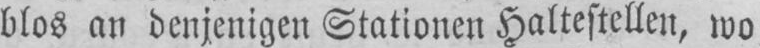
blos an denjenigen Stationen Haltestellen, wo